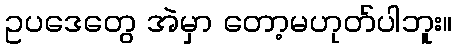
ဥပဒေတွေ အဲမှာ တော့မဟုတ်ပါဘူး။